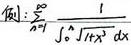
例$:$
\[
\sum_{n = 1}^{\infty}\frac{1}{\int_{0}^{n}\sqrt{1 + x^{4}}dx}
\]